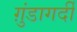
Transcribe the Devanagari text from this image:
ग़ुंडागर्दी